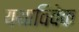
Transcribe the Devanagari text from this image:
यथाविवेक